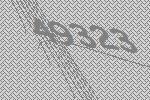
49323